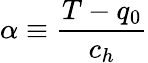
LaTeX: \alpha\equiv\frac{T-q_{0}}{c_{h}}